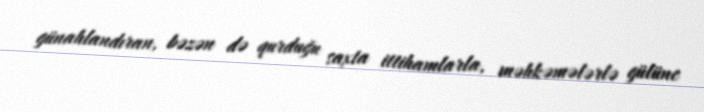
günahlandıran, bəzən də qurduğu saxta ittihamlarla, məhkəmələrlə gülünc